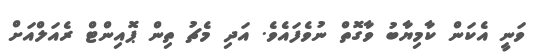
ވަނީ އެކަން ކާމިޔާބު ވާގޮތް ނުވެފައެވެ. އަދި މެޗު ތިން ޕޮއިންޓް ރެއަލްއަށް